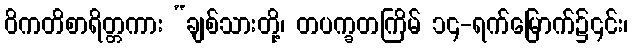
ဝိကတိစာရိတ္တကား “ချစ်သားတို့၊ တပက္ခတကြိမ် ၁၄-ရက်မြောက်၌၎င်း၊